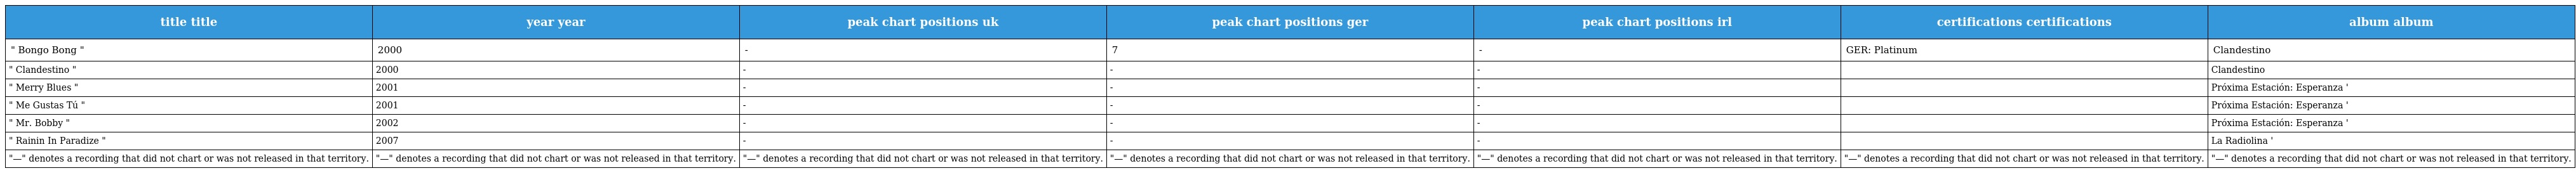
| title title | year year | peak chart positions uk | peak chart positions ger | peak chart positions irl | certifications certifications | album album |
 | --- | --- | --- | --- | --- | --- | --- |
 | " Bongo Bong " | 2000 | - | 7 | - | GER: Platinum | Clandestino |
 | " Clandestino " | 2000 | - | - | - |  | Clandestino |
 | " Merry Blues " | 2001 | - | - | - |  | Próxima Estación: Esperanza ' |
 | " Me Gustas Tú " | 2001 | - | - | - |  | Próxima Estación: Esperanza ' |
 | " Mr. Bobby " | 2002 | - | - | - |  | Próxima Estación: Esperanza ' |
 | " Rainin In Paradize " | 2007 | - | - | - |  | La Radiolina ' |
 | "—" denotes a recording that did not chart or was not released in that territory. | "—" denotes a recording that did not chart or was not released in that territory. | "—" denotes a recording that did not chart or was not released in that territory. | "—" denotes a recording that did not chart or was not released in that territory. | "—" denotes a recording that did not chart or was not released in that territory. | "—" denotes a recording that did not chart or was not released in that territory. | "—" denotes a recording that did not chart or was not released in that territory. |